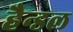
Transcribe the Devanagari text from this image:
हैन्डल